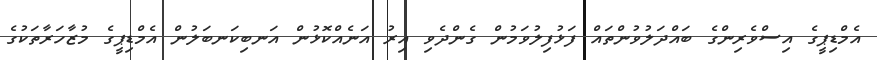
އެމްޑިޕީގެ އިސްވެރިންގެ ބައްދަލުވުންތައް ފަޅުފިލުވަމުން ގެންދެވި އިރު އަނެއްކޮޅުން އަނބިކަނބަލުން އެމްޑިޕީގެ މުޒާހަރާތަކުގެ